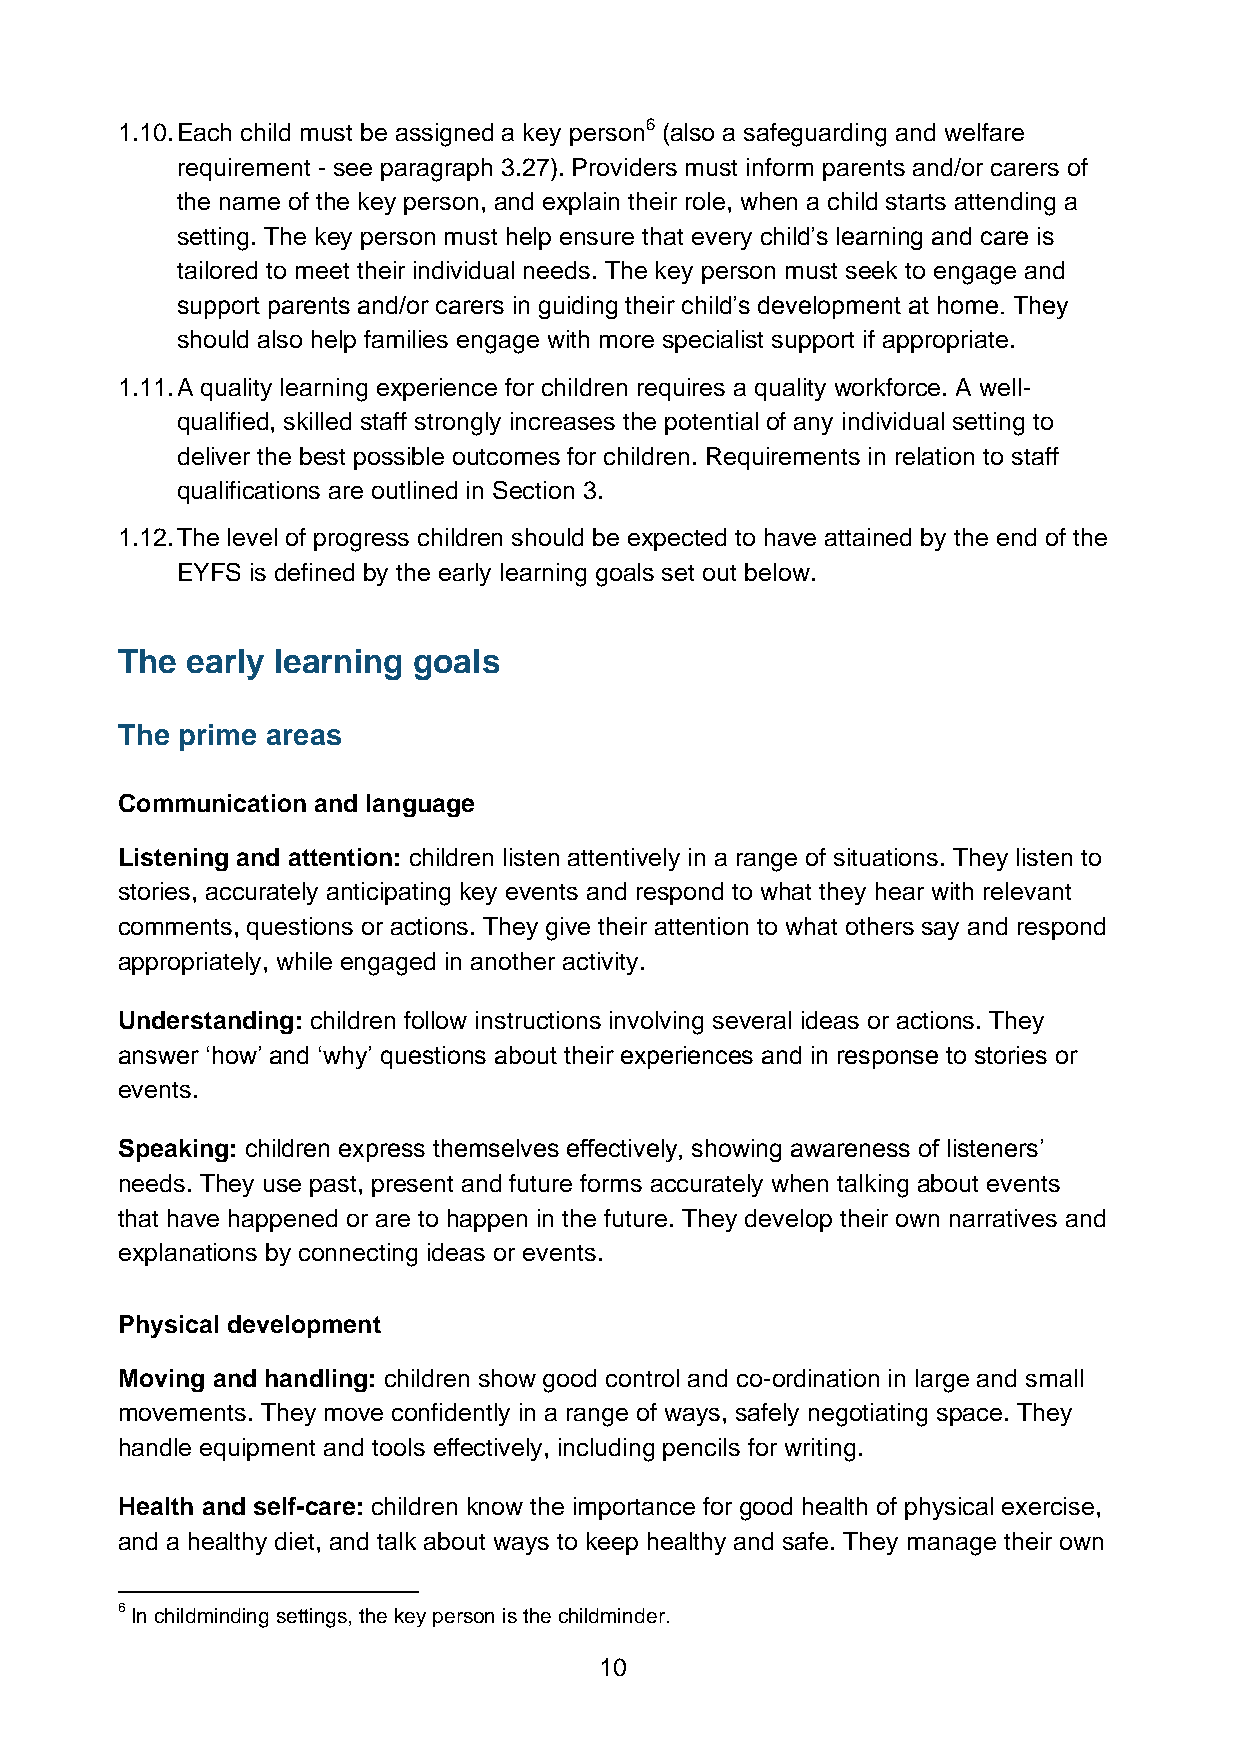
1.10. Each child must be assigned a key person6 (also a safeguarding and welfare
 requirement - see paragraph 3.27). Providers must inform parents and/or carers of
 the name of the key person, and explain their role, when a child starts attending a
 setting. The key person must help ensure that every child’s learning and care is
 tailored to meet their individual needs. The key person must seek to engage and
 support parents and/or carers in guiding their child’s development at home. They
 should also help families engage with more specialist support if appropriate.
 1.11. A quality learning experience for children requires a quality workforce. A well-
 qualified, skilled staff strongly increases the potential of any individual setting to
 deliver the best possible outcomes for children. Requirements in relation to staff
 qualifications are outlined in Section 3.
 1.12. The level of progress children should be expected to have attained by the end of the
 EYFS is defined by the early learning goals set out below.
 The early learning goals
 The prime areas
 Communication and language
 Listening and attention: children listen attentively in a range of situations. They listen to
 stories, accurately anticipating key events and respond to what they hear with relevant
 comments, questions or actions. They give their attention to what others say and respond
 appropriately, while engaged in another activity.
 Understanding: children follow instructions involving several ideas or actions. They
 answer ‘how’ and ‘why’ questions about their experiences and in response to stories or
 events.
 Speaking: children express themselves effectively, showing awareness of listeners’
 needs. They use past, present and future forms accurately when talking about events
 that have happened or are to happen in the future. They develop their own narratives and
 explanations by connecting ideas or events.
 Physical development
 Moving and handling: children show good control and co-ordination in large and small
 movements. They move confidently in a range of ways, safely negotiating space. They
 handle equipment and tools effectively, including pencils for writing.
 Health and self-care: children know the importance for good health of physical exercise,
 and a healthy diet, and talk about ways to keep healthy and safe. They manage their own
 6 In childminding settings, the key person is the childminder.
 10